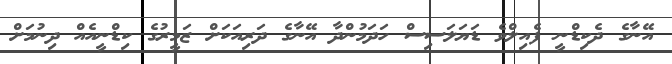
އޭނާގެ ދެކިޑްނީ ފެއިލްވެ ޑަޔަލަސިސް ހަދަމުންދާ އޭނާގެ ދަރިއަކަށް ޒަމީރުގެ ކިޑްނީއެއް ދިނުމަށް